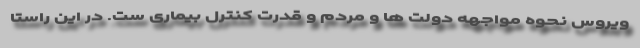
ویروس نحوه مواجهه دولت ها و مردم و قدرت کنترل بیماری ست. در این راستا